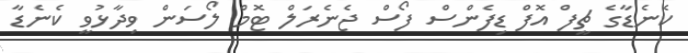
ކެނެޑާގެ ޗީފް އޮފް ޑިފެންސް ފޯސް ޖެނެރަލް ޓޮމް ލޯސަން ވިދާޅުވީ ކެނެޑާ